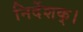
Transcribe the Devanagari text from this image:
निर्देशक्।